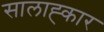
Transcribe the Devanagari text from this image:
सालाह्कार